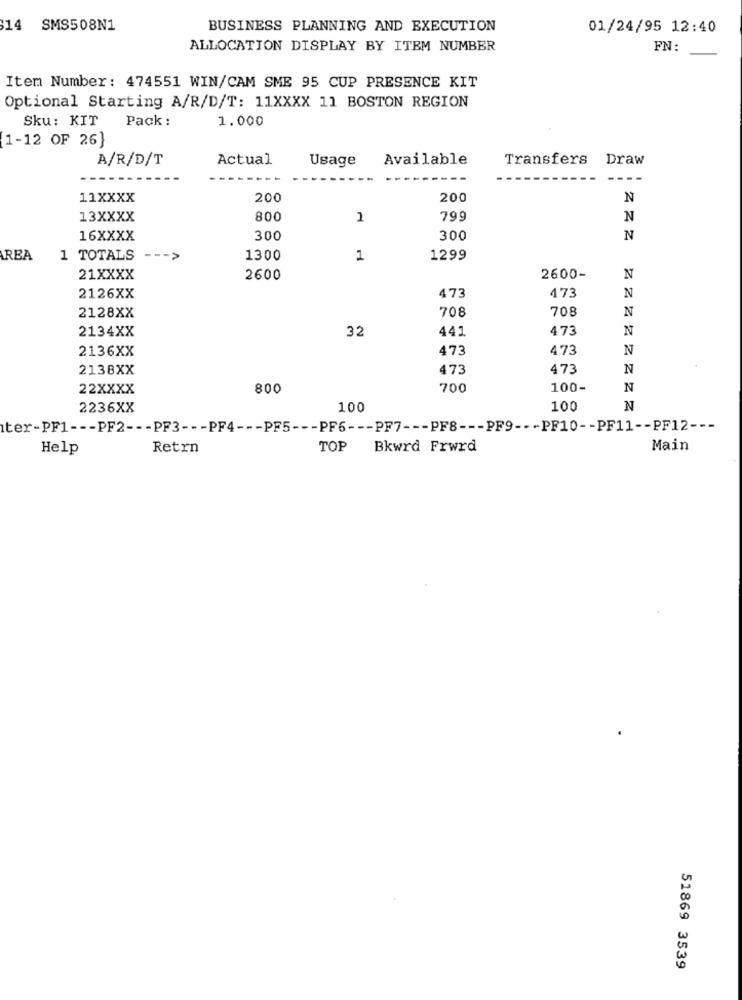
14 SMS508N1
BUSINESS PLANNING AND EXECUTION
01/24/95 12:40
ALLOCATION DISPLAY BY ITEM NUMBER
FN:
Item Number: 474551 WIN/CAM SME 95 CUP PRESENCE KIT
Optional Starting A/R/D/T: 11XXXX 11 BOSTON REGION
Sku: KIT Pack:
1.000
1-12 OF 26}
A/R/D/T
Actual
Usage
Available
Transfers
Draw
--
11XXXX
200
200
N
13XXXX
800
2
799
N
16XXXX
300
300
N
AREA
1 TOTALS
1300
1
1299
21XXXX
2600
2600-
N
473
2126XX
473
N
2128XX
708
708
N
2134XX
32
441
473
N
2136XX
473
473
N
2138XX
473
473
N
22XXXX
800
700
100-
N
2236XX
100
100
N
ter-PF1 --- PF2 --- PF3 --- PF4 --- PF5 --- PF6 --- PF7 --- PF8 --- PF9 --- PF10 -- PF11 -- PF12 ---
Help
Retrn
TOP Bkwrd Frwrd
Main
51869 3539